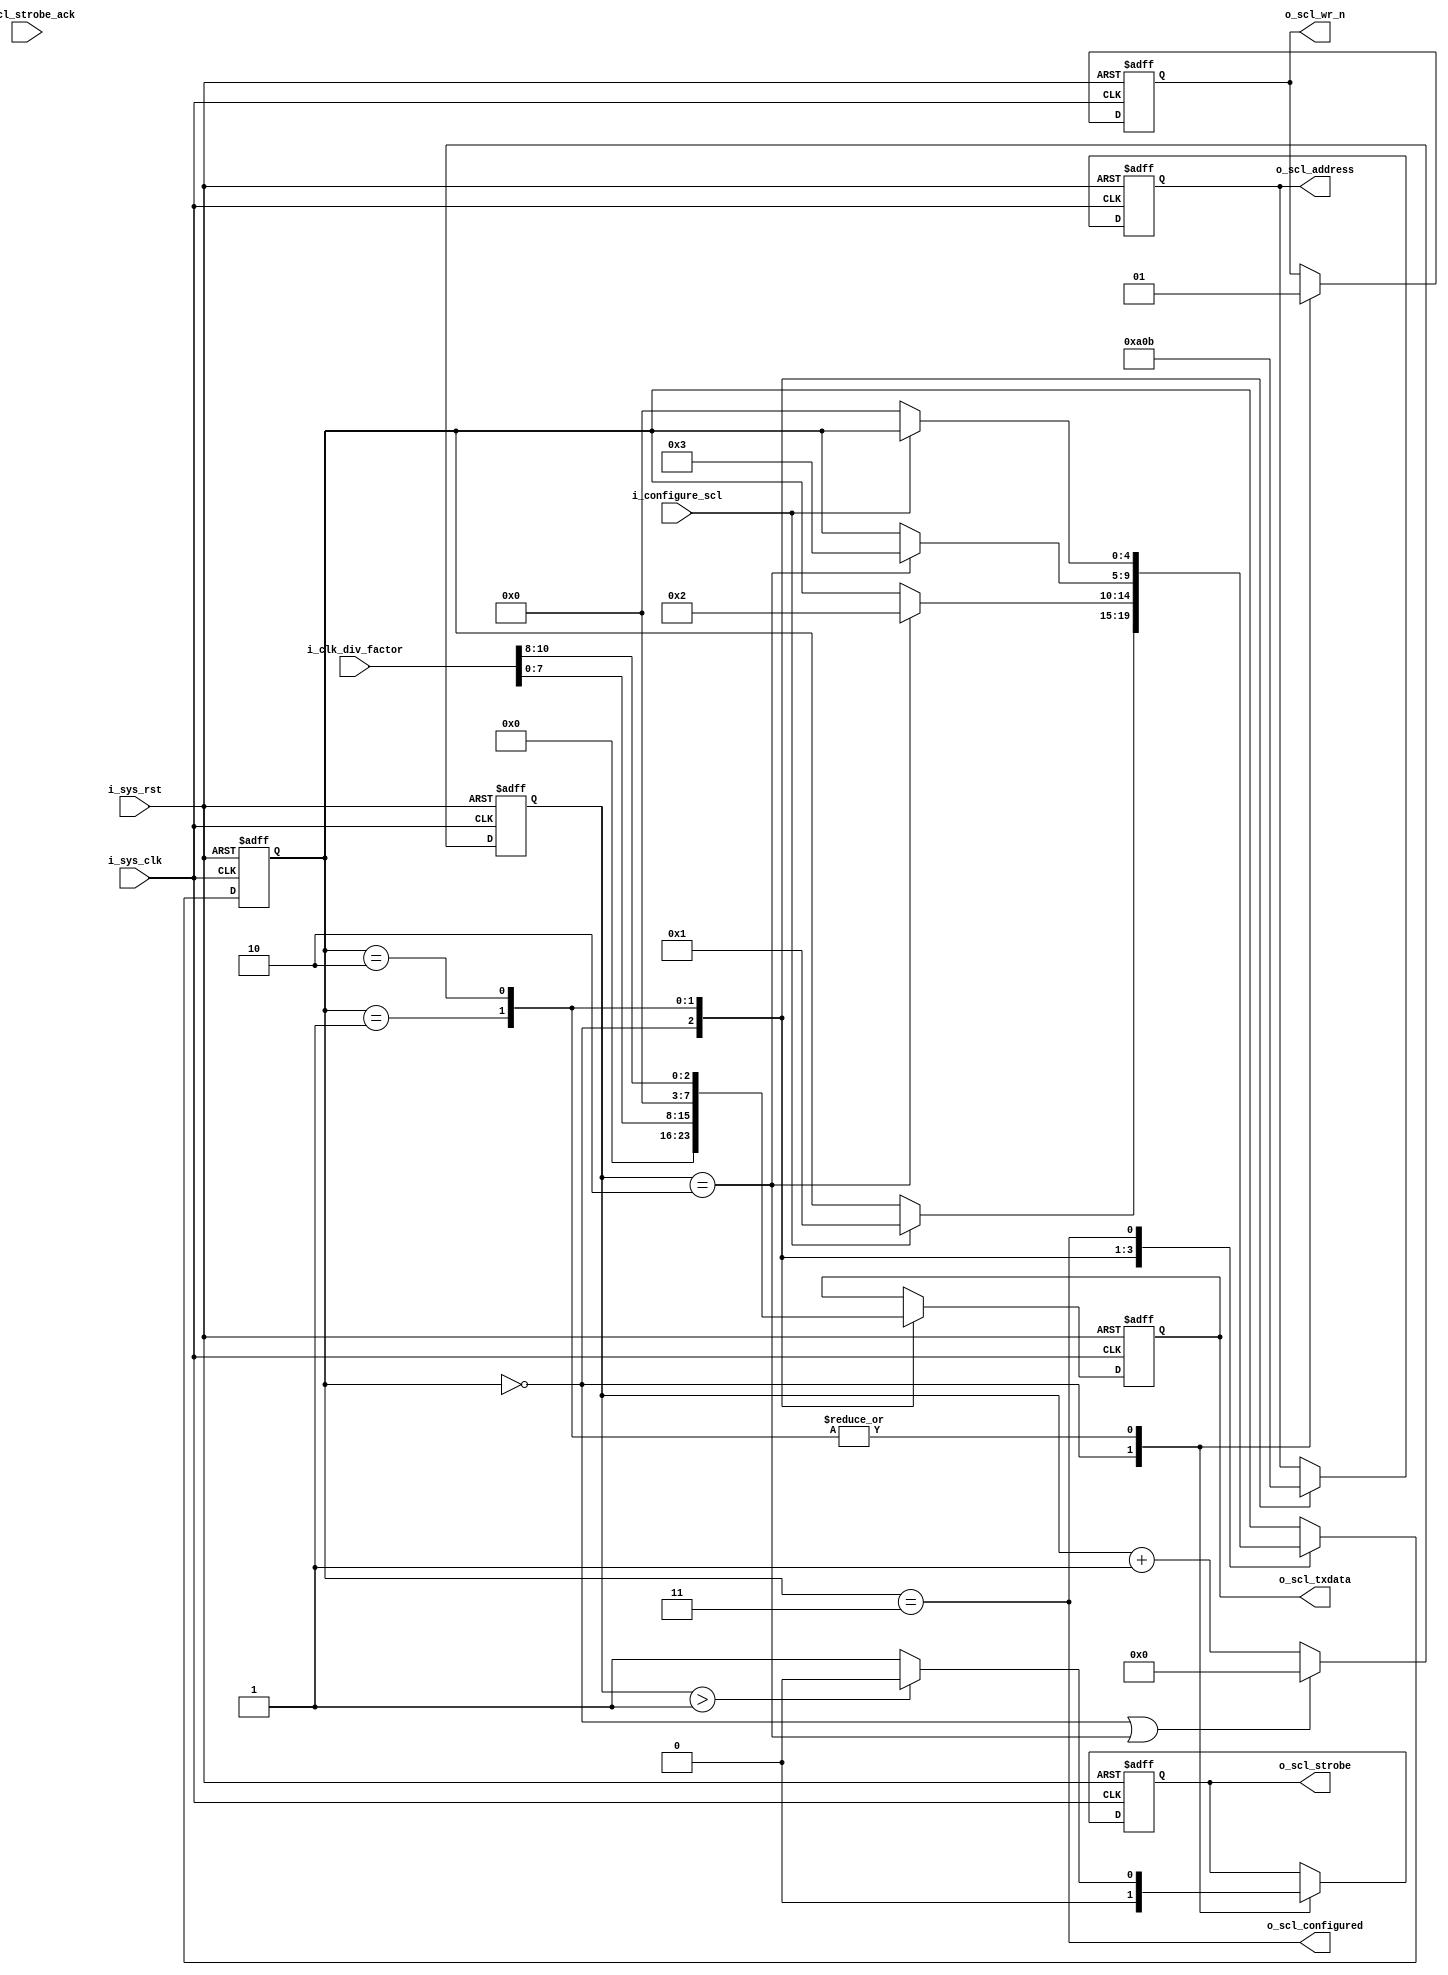
//-------------------------------------------------------------------------
//  >>>>>>>>>>>>>>>>>>>>>>>>> COPYRIGHT NOTICE <<<<<<<<<<<<<<<<<<<<<<<<<
//-------------------------------------------------------------------------
//  Copyright (c) 2012 by Lattice Semiconductor Corporation      
// 
//-------------------------------------------------------------------------
// Permission:
//
//   Lattice Semiconductor grants permission to use this code for use
//   in synthesis for any Lattice programmable logic product.  Other
//   use of this code, including the selling or duplication of any
//   portion is strictly prohibited.
//
// Disclaimer:
//
//   This VHDL or Verilog source code is intended as a design reference
//   which illustrates how these types of functions can be implemented.
//   It is the user's responsibility to verify their design for
//   consistency and functionality through the use of formal
//   verification methods.  Lattice Semiconductor provides no warranty
//   regarding the use or functionality of this code.
//-------------------------------------------------------------------------
//
//    Lattice Semiconductor Corporation
//    5555 NE Moore Court
//    Hillsboro, OR 97124
//    U.S.A
//
//    TEL: 1-800-Lattice (USA and Canada)
//    503-268-8001 (other locations)
//
//    web: http://www.latticesemi.com/
// 
//-------------------------------------------------------------------------
// 
//  Project  : LP3.5K_Pedometer_with_BLE_Interface
// 
//  Description: I2C clock generation module. This supports clock stretching
//  by the salve device.
//
//  Code Revision History :
//-------------------------------------------------------------------------
// Ver: | Author        | Mod. Date    |Changes Made:
// V1.0 | MDN           | 03-Nov-12    |Initial version                             
//-------------------------------------------------------------------------
  
`timescale 1 ns / 1 ps

module i2c_master_scl_gen(
    // Global inputs
    i_sys_clk, i_sys_rst,
    /*AUTOARG*/
    // Outputs
    o_scl_configured, o_scl_address, o_scl_txdata, o_scl_strobe, o_scl_wr_n,
    // Inputs
    i_configure_scl, i_clk_div_factor, i_scl_strobe_ack
    );

    // Parameters
    // FSM states
    parameter IDLE     = 0;
    parameter STATE_1  = 1;
    parameter STATE_2  = 2;
    parameter STATE_3  = 3;

    // Global inputs
    input          i_sys_clk;
    input          i_sys_rst;

    // Outputs
    output         o_scl_configured;
    output [7:0]   o_scl_address;
    output [7:0]   o_scl_txdata;
    output         o_scl_strobe;
    output         o_scl_wr_n;

    // Inputs
    input          i_configure_scl;
    input [10:0]   i_clk_div_factor;
    input          i_scl_strobe_ack;

    // Internal signals
    reg [4:0]      state_i;
    wire           terminate_strobe_i;
    wire           switch_state_i;
    reg [3:0]      cycle_count_i;
    reg [7:0]      address_i;
    reg [7:0]      tx_data_i;
    reg            strobe_i;
    reg            wr_n_i;

    assign o_scl_address = address_i;
    assign o_scl_txdata  = tx_data_i;
    assign o_scl_strobe  = strobe_i;
    assign o_scl_wr_n    = wr_n_i;
    assign o_scl_configured = (state_i == STATE_3);
    
    // State machine to drive system interface bus
    always @(posedge i_sys_clk or posedge i_sys_rst)begin
        if(i_sys_rst)begin
            state_i <= IDLE;
            tx_data_i <= 0;
            address_i <= 0;
            strobe_i <= 0;
            wr_n_i <= 0;
        end else begin
            case(state_i)
                // Waiting for external trigger to start with configuration sequence                
                IDLE:begin
                    if(i_configure_scl)begin 
                        state_i <= STATE_1;
                    end
                    tx_data_i <= 0;
                    address_i <= 0;
                    strobe_i <= 0;
                    wr_n_i <= 0;
                end

                //Write Clock prescale register LSB
                STATE_1:begin 
                    if(switch_state_i)begin
                        state_i <= STATE_2;
                    end
                    tx_data_i <= i_clk_div_factor[7:0];
                    address_i <= 8'b0000_1010;
                    wr_n_i <= 1'b1;
                    
                    if(terminate_strobe_i)begin
                        strobe_i <= 1'b0;
                    end else begin
                        strobe_i <= 1'b1;
                    end
                end

                //Write Clock prescale register MSB
                STATE_2:begin 
                    if(switch_state_i)begin
                        state_i <= STATE_3;
                    end
                    tx_data_i <= {5'd0, i_clk_div_factor[10:8]};
                    address_i <= 8'b0000_1011;
                    wr_n_i <= 1'b1;
                    
                    if(terminate_strobe_i)begin
                        strobe_i <= 1'b0;
                    end else begin
                        strobe_i <= 1'b1;
                    end
                end

                STATE_3:begin 
                    if(~i_configure_scl)begin
                        state_i <= IDLE;
                    end
                end
            endcase
        end
    end

    assign switch_state_i = (cycle_count_i == 2);
    assign terminate_strobe_i = (cycle_count_i > 1);
    
    always @(posedge i_sys_clk or posedge i_sys_rst)begin
        if(i_sys_rst)begin
            cycle_count_i <= 0;
        end else begin
            if((state_i == IDLE) || switch_state_i) begin
                cycle_count_i <= 0;
            end else begin
                cycle_count_i <= cycle_count_i + 1;
            end
        end
    end
    

endmodule